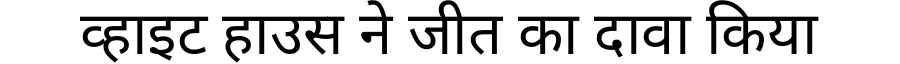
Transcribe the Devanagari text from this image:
व्हाइट हाउस ने जीत का दावा किया